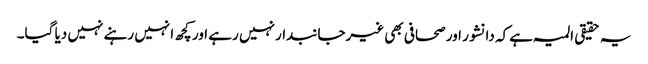
یہ حقیقی المیہ ہے کہ دانشور اور صحافی بھی غیرجانبدار نہیں رہے اور کچھ انہیں رہنے نہیں دیا گیا۔